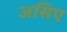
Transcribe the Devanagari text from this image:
जसिए